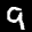
Label: 9